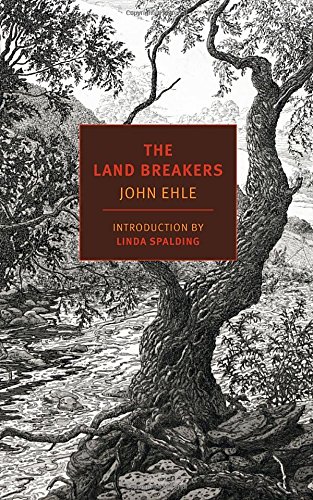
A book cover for The Land Breakers; John Ehle; Romance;